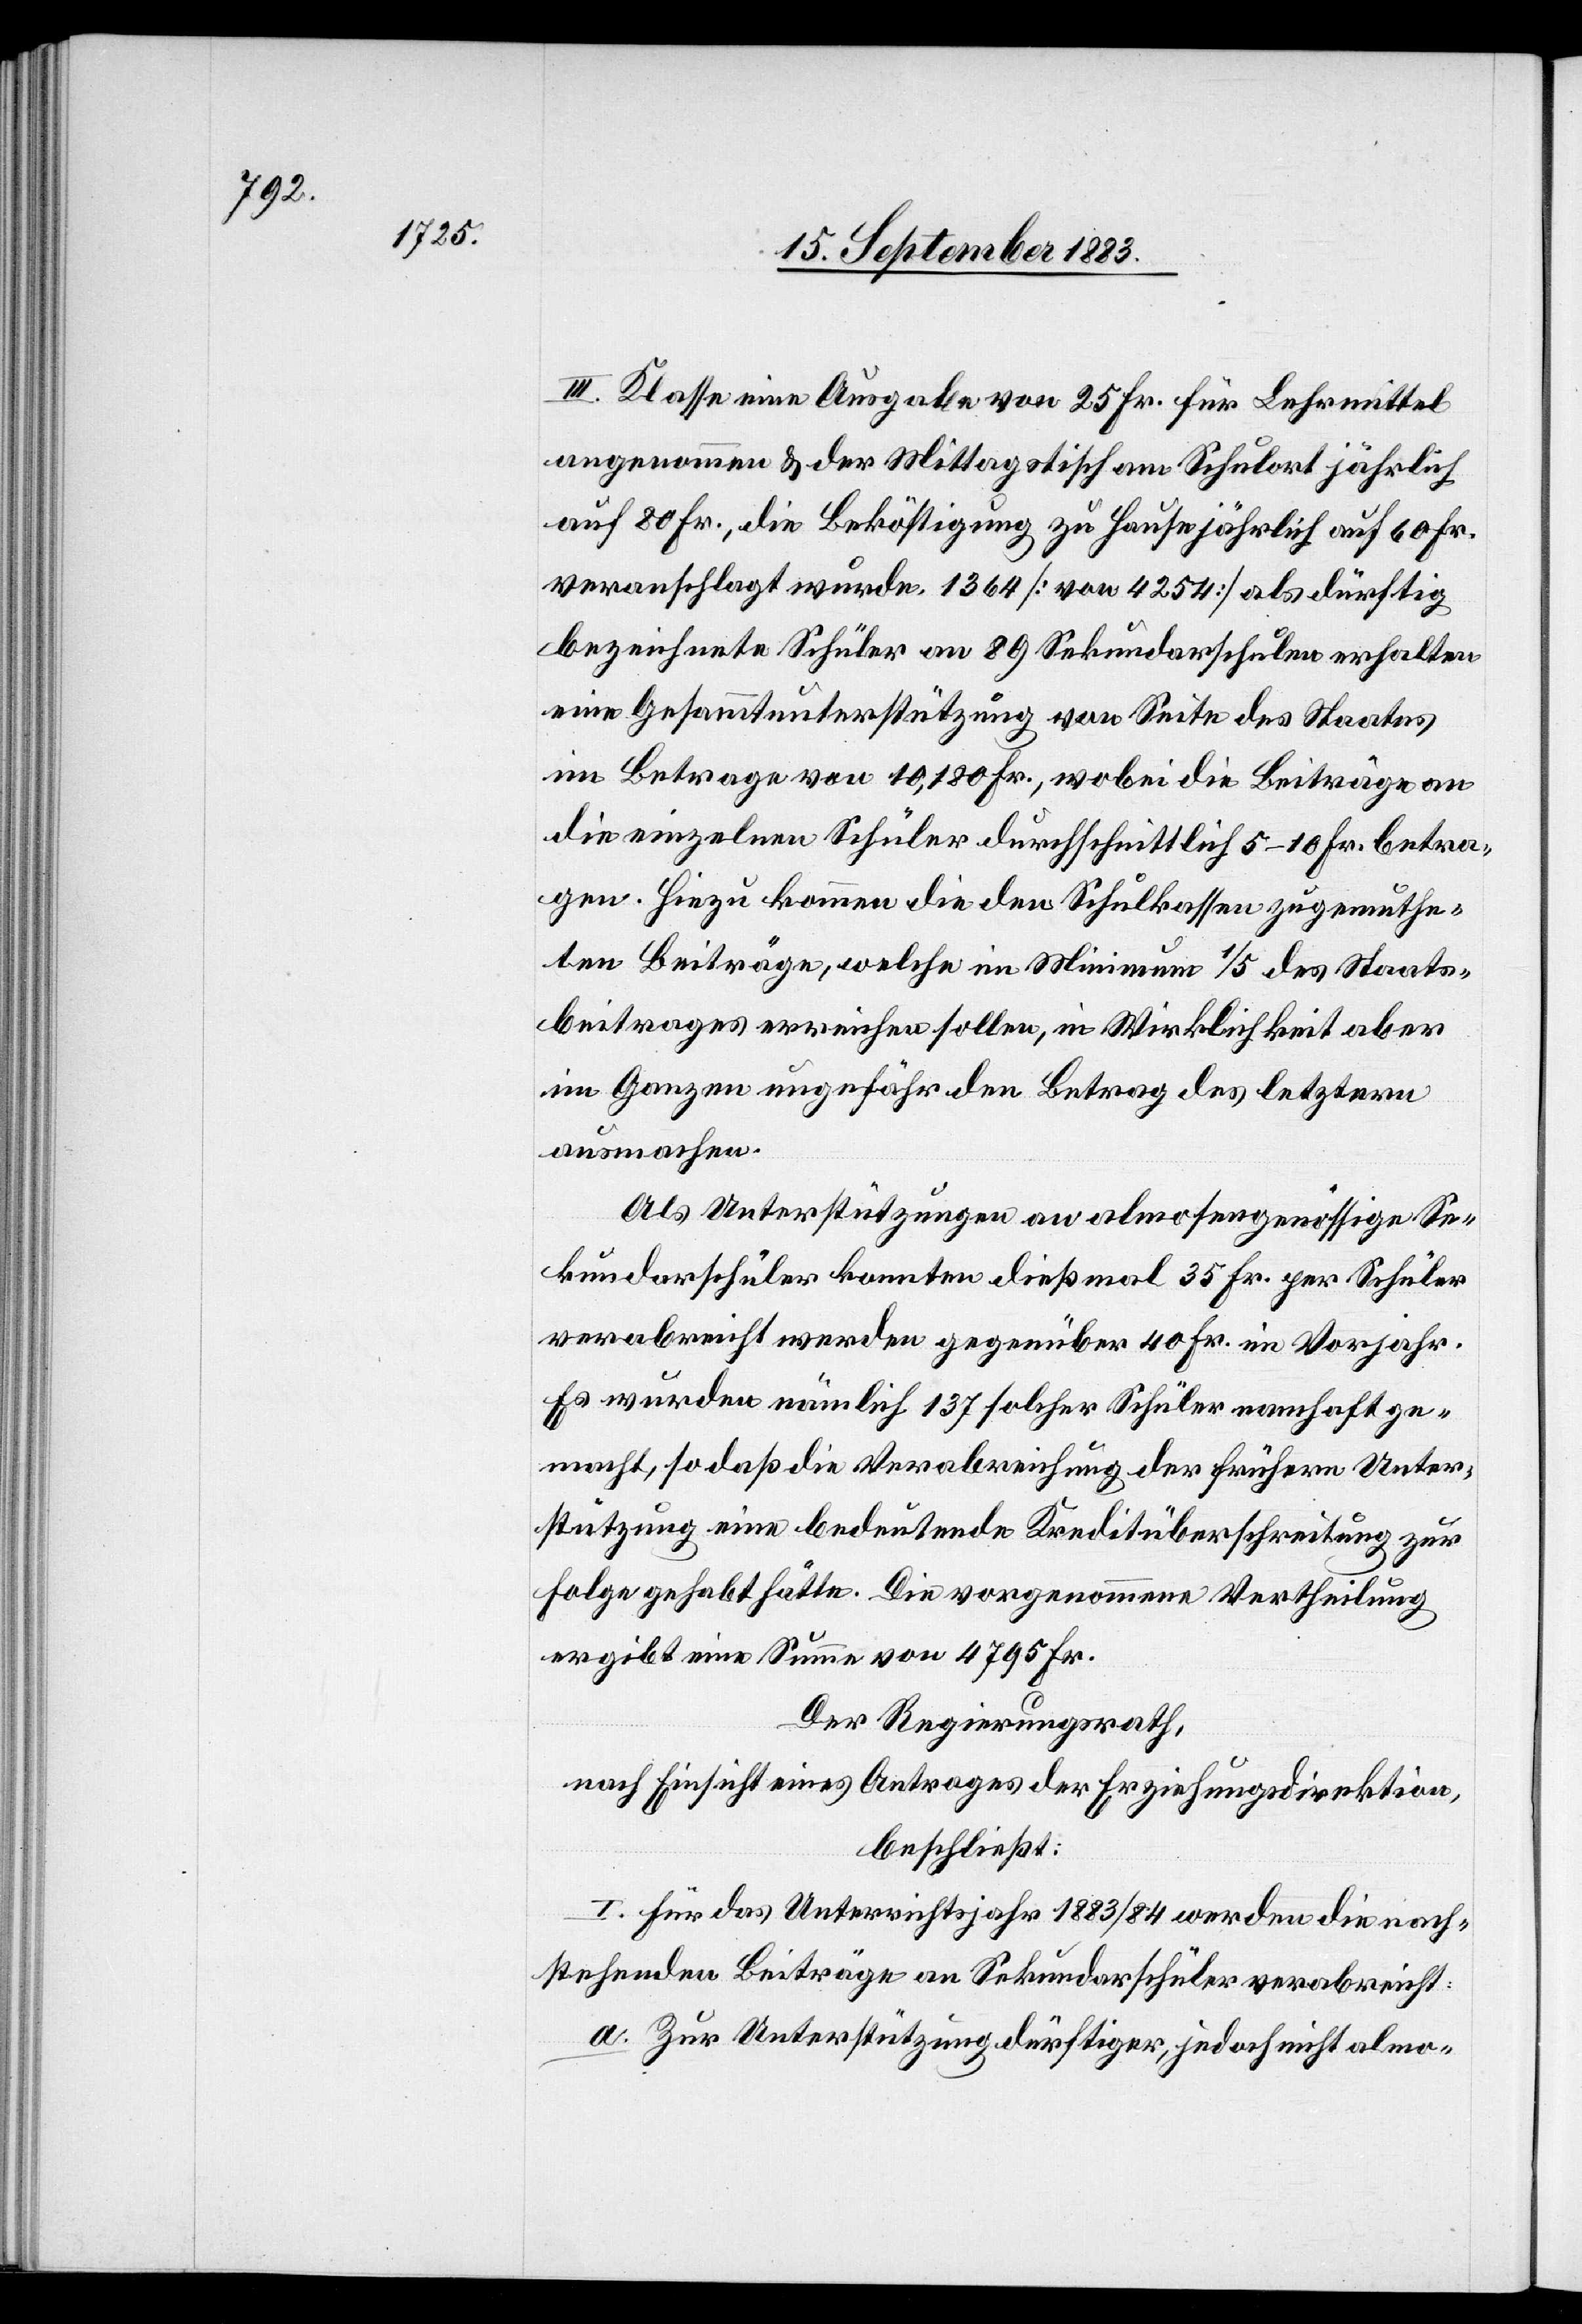
III. Klasse eine Ausgabe von 25 Fr. für Lehrmittel
angenommen & der Mittagstisch am Schulort jährlich
auf 80 Fr., die Beköstigung zu Hause jährlich auf 60 Fr.
veranschlagt wurde. 1364 [von 4254] als dürftig
bezeichnete Schüler an 89 Sekundarschulen erhalten
eine Gesammtunterstützung von Seite des Staates
im Betrag von 10,180 Fr., wobei die Beiträge an
die einzelnen Schüler durchschnittlich 5–10 Fr. betra¬
gen. Hiezu kommen die den Schulkassen zugemuthe¬
ten Beiträge, welche im Minimum 1/5 des Staats¬
beitrages erreichen sollen, in Wirklichkeit aber
im Ganzen ungefähr den Betrag des letztern
ausmachen.
Als Unterstützungen an almosengenössige Se¬
kundarschüler konnten dießmal 35 Fr. per Schüler
verabreicht werden gegenüber 40 Fr. im Vorjahr.
Es wurden nämlich 137 solcher Schüler namhaft ge¬
macht, so daß die Verabreichung der frühern Unter¬
stützung eine bedeutende Kreditüberschreitung zur
Folge gehabt hätte. Die vorgenommene Vertheilung
ergibt eine Summe von 4795 Fr.
Der Regierungsrath,
nach Einsicht eines Antrages der Erziehungsdirektion,
beschließt:
I. Für das Unterrichtsjahr 1883/84 werden die nach¬
stehenden Beiträge an Sekundarschüler verabreicht:
a. Zur Unterstützung dürftiger, jedoch nicht almo-